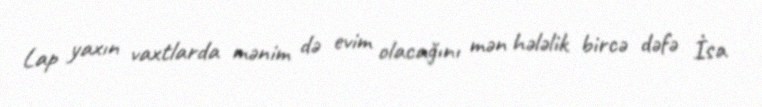
Lap yaxın vaxtlarda mənim də evim olacağını mən hələlik bircə dəfə İsa